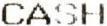
CASH